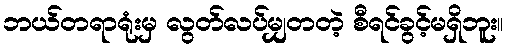
ဘယ်တရာရုံးမှ လွတ်လပ်မျှတတဲ့ စီရင်ခွင့်မရှိဘူး။